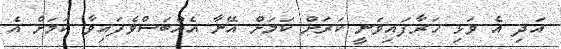
އަދި އެ ވަޅި ހަރާފައިވަނީ ކަރަށް ކަމަށް އޭނާ އެއްބަސްވެފައިވާ ކަމަށް އެ